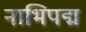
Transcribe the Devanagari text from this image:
नाभिपद्म